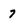
Character: 7